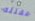
مقتله